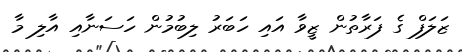
ޒަލަފް ގެ ފަރާތުން ޒީވާ އައި ހަބަރު ލިބުމުން ހަސަނާއި އާލި މާ